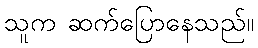
သူက ဆက်ပြောနေသည်။